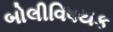
બોલીવિષયક